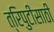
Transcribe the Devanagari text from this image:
त्रिपुटींसाठी